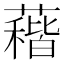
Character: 𱾰